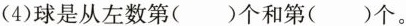
(4)球是从左数第（）个和第（）个。